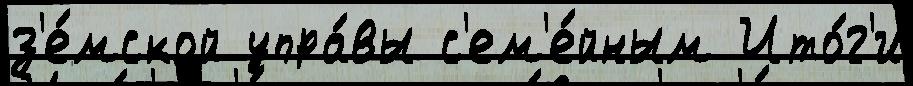
з'е́мской упра́вы с'ем'е́йным Ито́г'и